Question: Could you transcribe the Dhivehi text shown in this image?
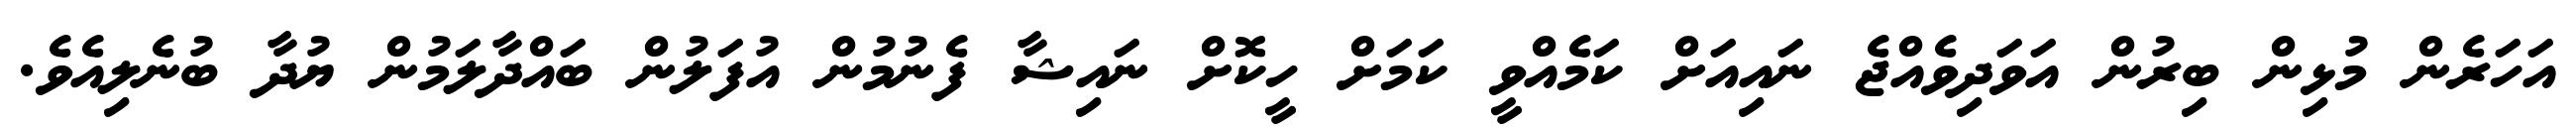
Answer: އަހަރެން މުޅިން ބިރުން އަވަދިވެއްޖެ ނައިއަށް ކަމެއްވީ ކަމަށް ހީކޮށް ނައިޝާ ފެނުމުން އުފަލުން ބައްދާލަމުން ޔުދާ ބުނެލިއެވެ.